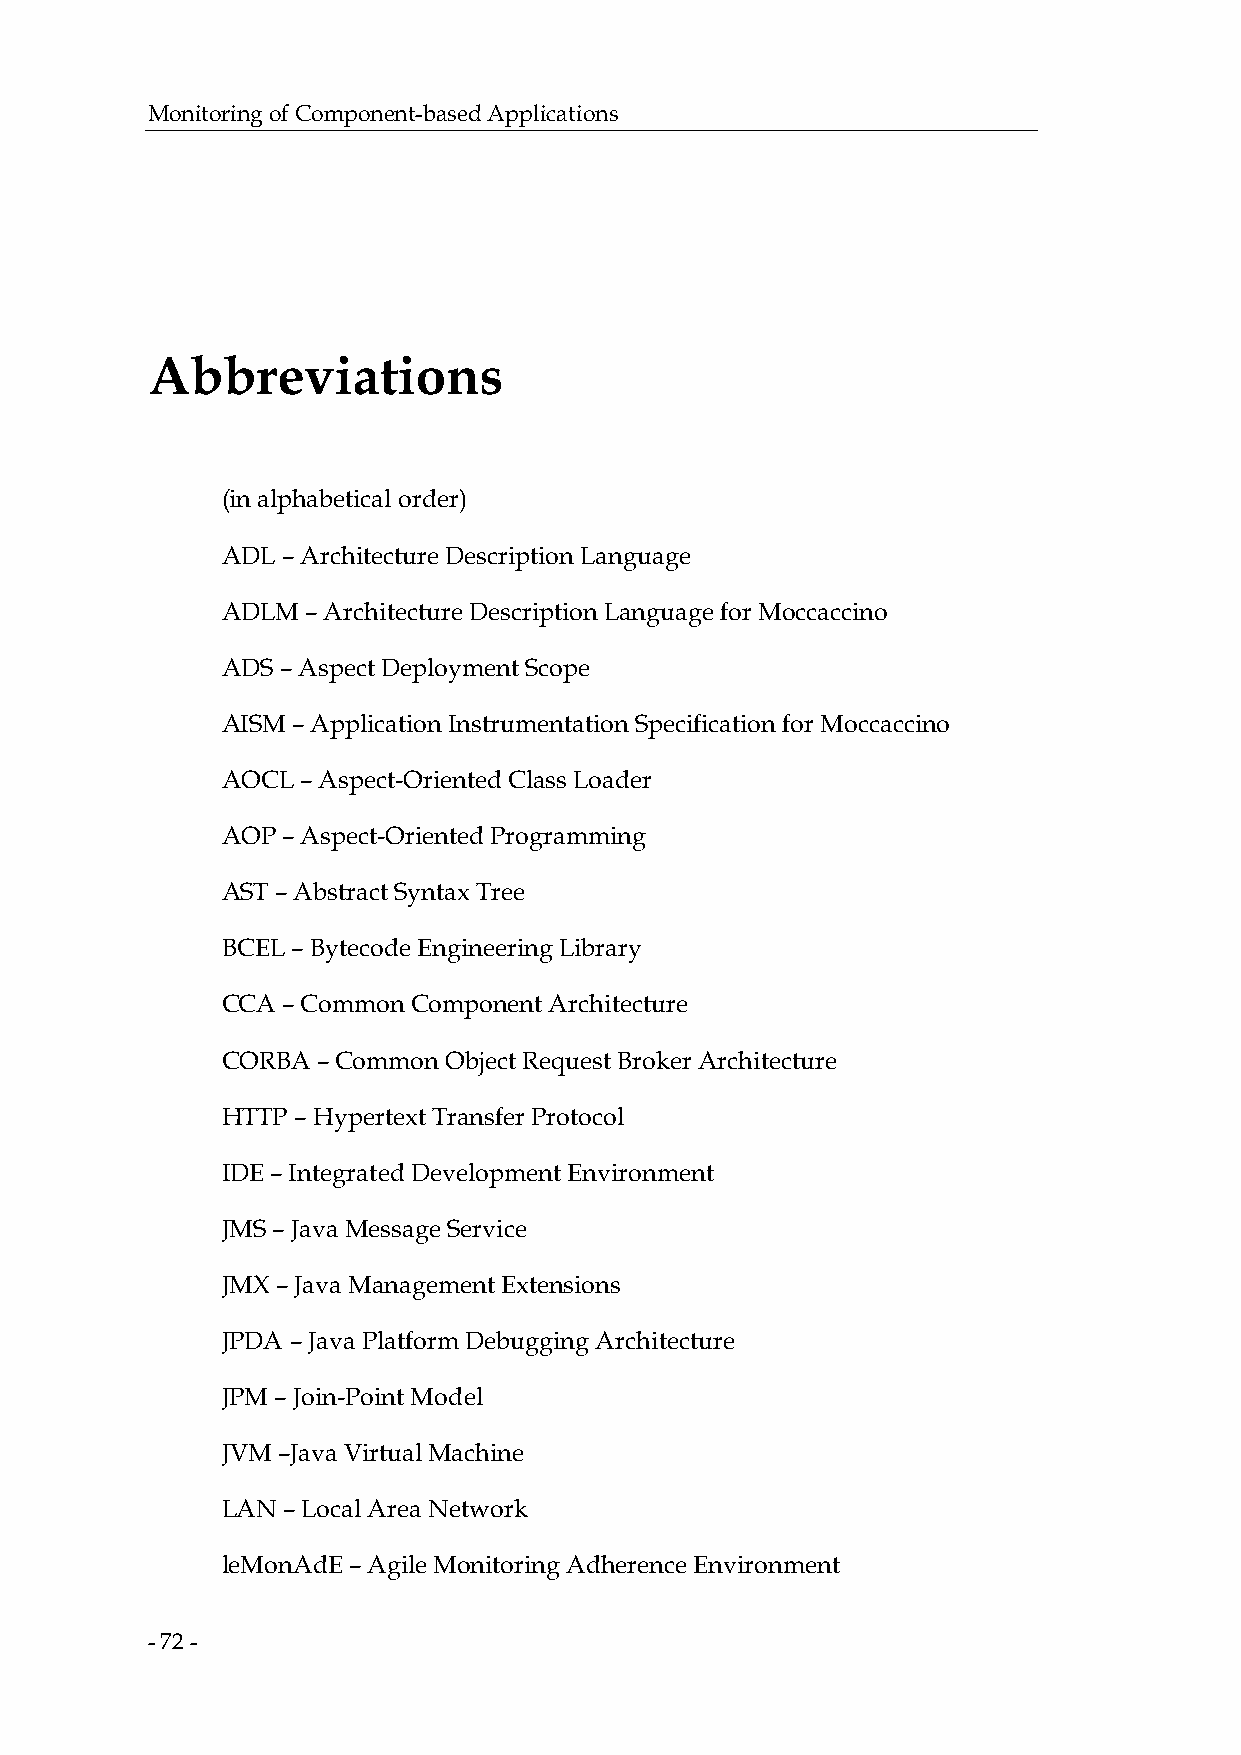
Monitoring of Component-based Applications
 Abbreviations
 (in alphabetical order)
 ADL – Architecture Description Language
 ADLM – Architecture Description Language for Moccaccino
 ADS – Aspect Deployment Scope
 AISM – Application Instrumentation Specification for Moccaccino
 AOCL – Aspect-Oriented Class Loader
 AOP – Aspect-Oriented Programming
 AST – Abstract Syntax Tree
 BCEL – Bytecode Engineering Library
 CCA – Common Component Architecture
 CORBA – Common Object Request Broker Architecture
 HTTP – Hypertext Transfer Protocol
 IDE – Integrated Development Environment
 JMS – Java Message Service
 JMX – Java Management Extensions
 JPDA – Java Platform Debugging Architecture
 JPM – Join-Point Model
 JVM –Java Virtual Machine
 LAN – Local Area Network
 leMonAdE – Agile Monitoring Adherence Environment
 - 72 -